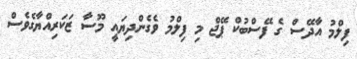
ފިލްމު އާދޭސް ގެ ފޭސްބުކް ޕޭޖް މި ފިލްމު ވެގެންދިޔައީ މޫސާ ޒަކަރިއްޔާގެވެސް